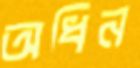
অধিন